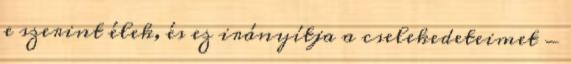
e szerint élek, és ez irányítja a cselekedeteimet -